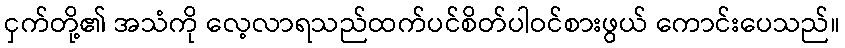
ငှက်တို့၏ အသံကို လေ့လာရသည်ထက်ပင်စိတ်ပါဝင်စားဖွယ် ကောင်းပေသည်။